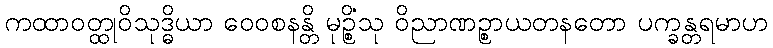
ကထာဝတ္ထုဝိသုဒ္ဓိယာ ဝေဝစနန္တိ မုဉ္စိံသု ဝိညာဏဉ္စာယတနတော ပက္ခန္တရမာဟ